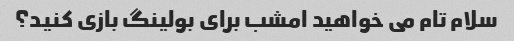
سلام تام می خواهید امشب برای بولینگ بازی کنید؟